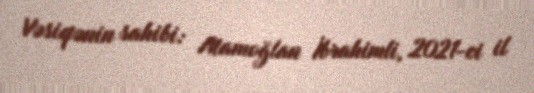
Vəsiqənin sahibi: Atamoğlan İbrahimli, 2021-ci il